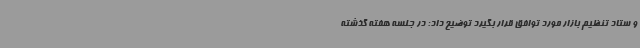
و ستاد تنظیم بازار مورد توافق قرار بگیرد توضیح داد: در جلسه هفته گذشته